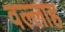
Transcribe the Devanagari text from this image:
वल्लाह